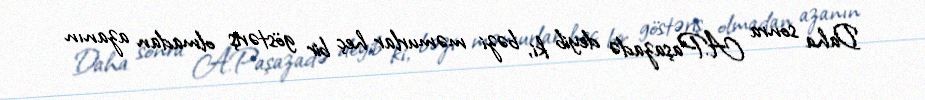
Daha sonra A.Paşazadə deyib ki, bəzi məmurlar heç bir göstəriş olmadan azanın